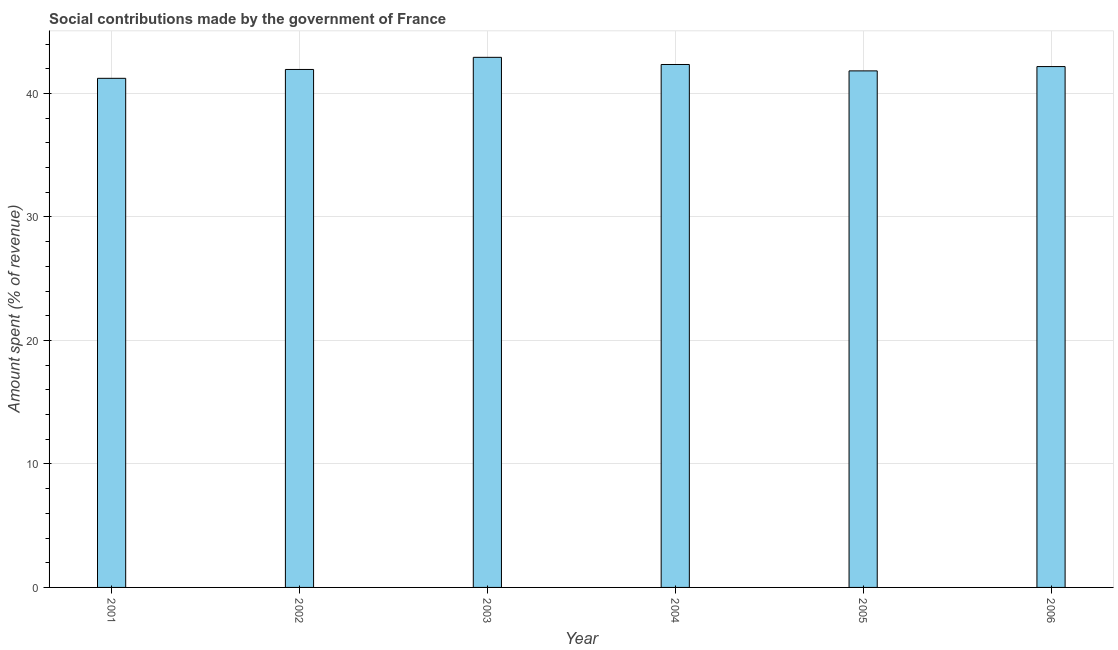
| Year | Social contributions |
 | --- | --- |
 | 2001 | 41.2 |
 | 2002 | 41.9 |
 | 2003 | 42.9 |
 | 2004 | 42.4 |
 | 2005 | 41.8 |
 | 2006 | 42.2 |